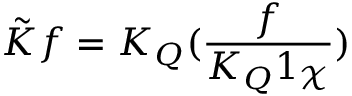
\tilde { K } f = K _ { Q } ( \frac { f } { K _ { Q } 1 _ { \mathcal X } } )